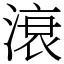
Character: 滖